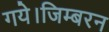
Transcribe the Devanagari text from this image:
गये।जिम्बरन